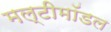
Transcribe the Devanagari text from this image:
मल्टीमॉडल